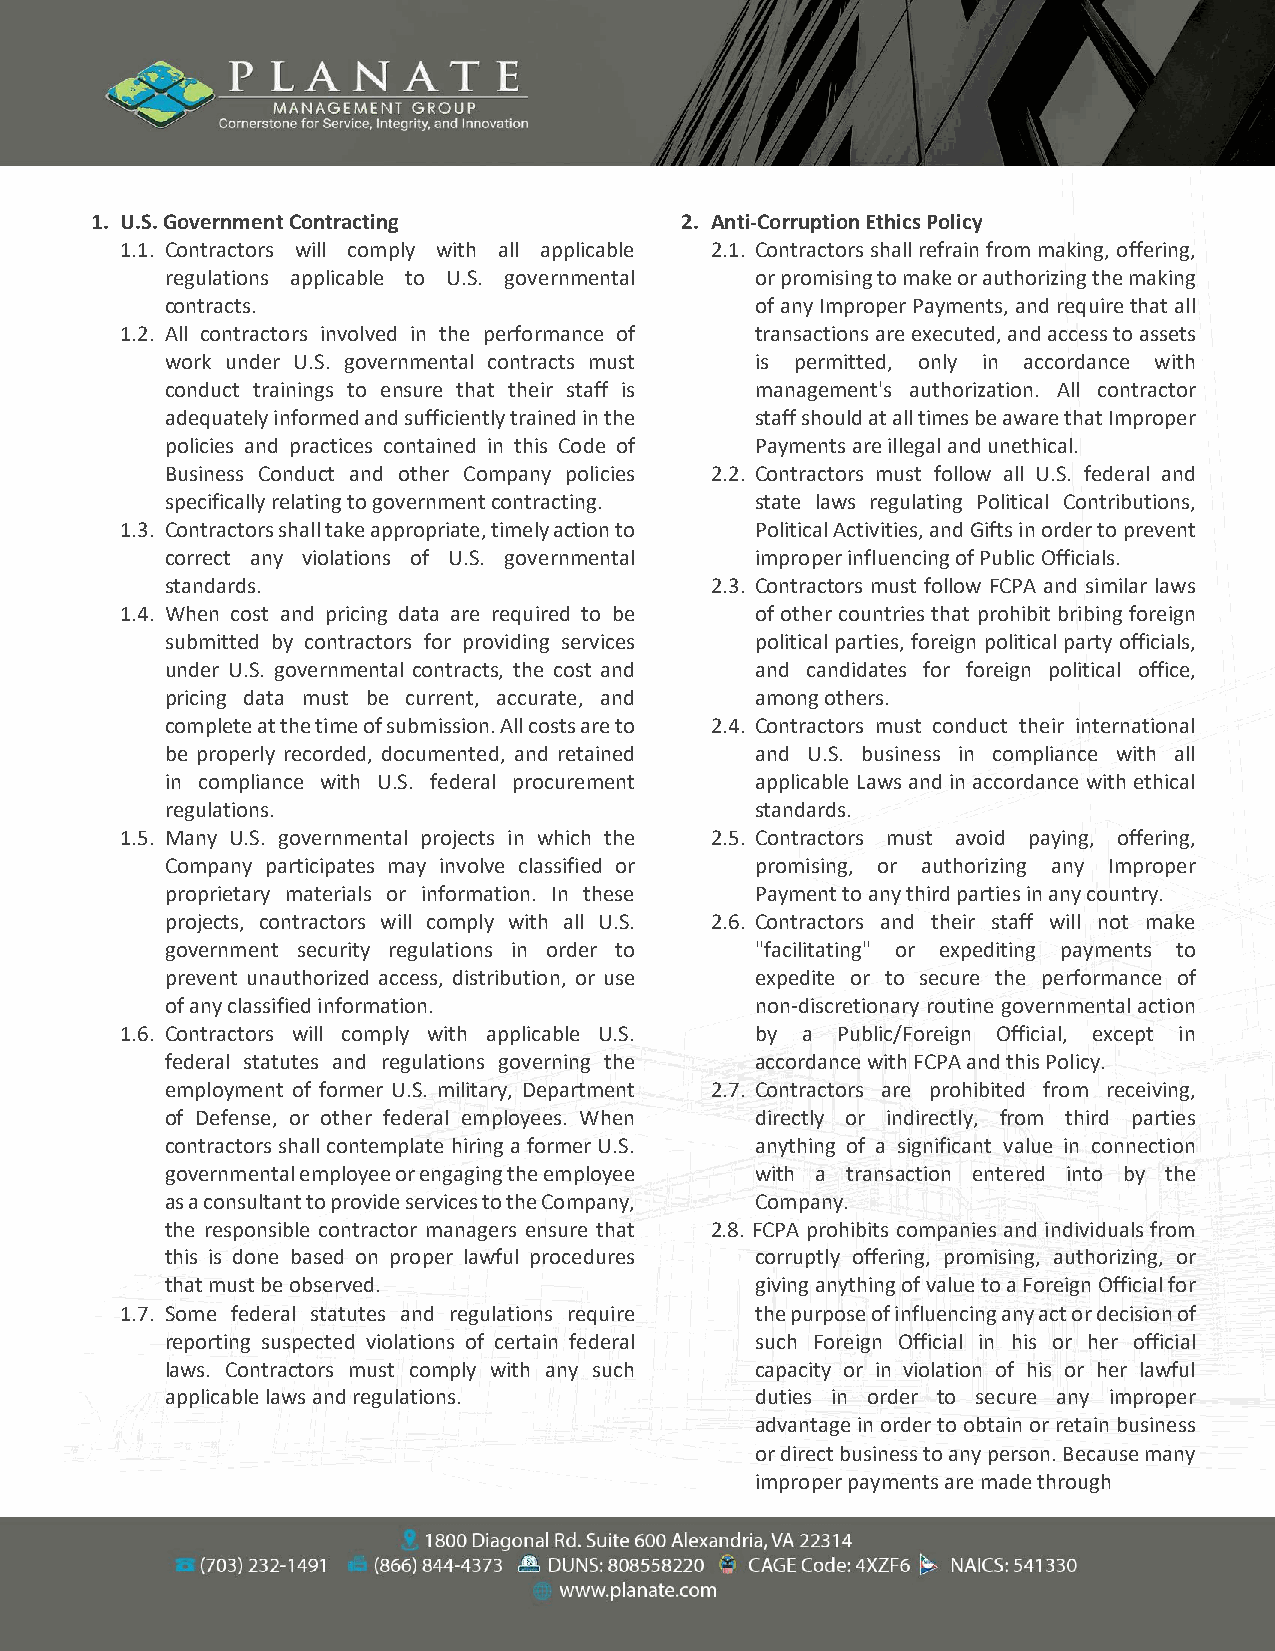
1. U.S. Government Contracting         2. Anti-Corruption Ethics Policy
 1.1. Contractors will comply with all applicable 2.1. Contractors shall refrain from making, offering,
 regulations applicable to U.S. governmental or promising to make or authorizing the making
 contracts.                             of any Improper Payments, and require that all
 1.2. All contractors involved in the performance of transactions are executed, and access to assets
 work under U.S. governmental contracts must is permitted, only in accordance with
 conduct trainings to ensure that their staff is management's authorization. All contractor
 adequately informed and sufficiently trained in the staff should at all times be aware that Improper
 policies and practices contained in this Code of Payments are illegal and unethical.
 Business Conduct and other Company policies 2.2. Contractors must follow all U.S. federal and
 specifically relating to government contracting. state laws regulating Political Contributions,
 1.3. Contractors shall take appropriate, timely action to Political Activities, and Gifts in order to prevent
 correct any violations of U.S. governmental improper influencing of Public Officials.
 standards.                          2.3. Contractors must follow FCPA and similar laws
 1.4. When cost and pricing data are required to be of other countries that prohibit bribing foreign
 submitted by contractors for providing services political parties, foreign political party officials,
 under U.S. governmental contracts, the cost and and candidates for foreign political office,
 pricing data must be current, accurate, and among others.
 complete at the time of submission. All costs are to 2.4. Contractors must conduct their international
 be properly recorded, documented, and retained and U.S. business in compliance with all
 in compliance with U.S. federal procurement applicable Laws and in accordance with ethical
 regulations.                           standards.
 1.5. Many U.S. governmental projects in which the 2.5. Contractors must avoid paying, offering,
 Company participates may involve classified or promising, or authorizing any Improper
 proprietary materials or information. In these Payment to any third parties in any country.
 projects, contractors will comply with all U.S. 2.6. Contractors and their staff will not make
 government security regulations in order to "facilitating" or expediting payments to
 prevent unauthorized access, distribution, or use expedite or to secure the performance of
 of any classified information.         non discretionary routine governmental action
 1.6. Contractors will comply with applicable U.S. by a Public/Foreign Official, except in
 federal statutes and regulations governing the accordance with FCPA and this Policy.
 employment of former U.S. military, Department 2.7. Contractors are prohibited from receiving,
 of Defense, or other federal employees. When directly or indirectly, from third parties
 contractors shall contemplate hiring a former U.S. anything of a significant value in connection
 governmental employee or engaging the employee with a transaction entered into by the
 as a consultant to provide services to the Company, Company.
 the responsible contractor managers ensure that 2.8. FCPA prohibits companies and individuals from
 this is done based on proper lawful procedures corruptly offering, promising, authorizing, or
 that must be observed.                 giving anything of value to a Foreign Official for
 1.7. Some federal statutes and regulations require the purpose of influencing any act or decision of
 reporting suspected violations of certain federal such Foreign Official in his or her official
 laws. Contractors must comply with any such capacity or in violation of his or her lawful
 applicable laws and regulations.       duties in order to secure any improper
 advantage in order to obtain or retain business
 or direct business to any person. Because many
 improper payments are made through